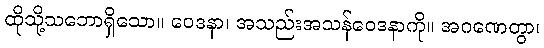
ထိုသို့သဘောရှိသော။ ဝေဒနာ၊ အသည်းအသန်ဝေဒနာကို။ အဂဏေတွာ၊